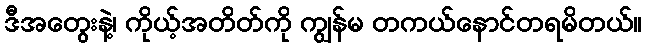
ဒီအတွေးနဲ့၊ ကိုယ့်အတိတ်ကို ကျွန်မ တကယ်နောင်တရမိတယ်။